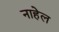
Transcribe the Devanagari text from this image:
नाहेल